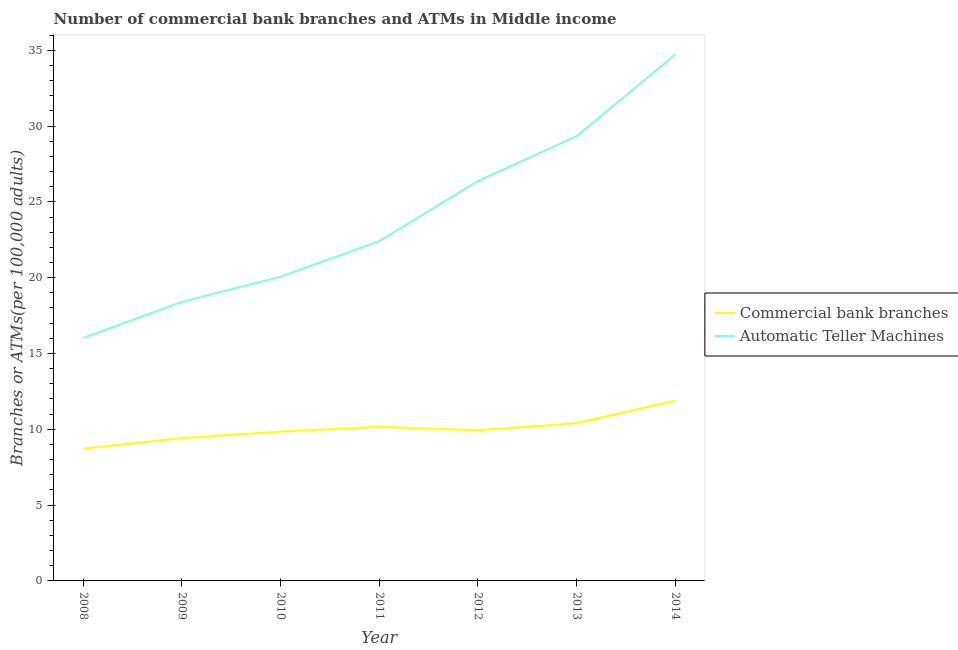
| Year | Commercial bank branches | Automatic Teller Machines |
 | --- | --- | --- |
 | 2008 | 8.72 | 16 |
 | 2009 | 9.42 | 18.4 |
 | 2010 | 9.85 | 20.1 |
 | 2011 | 10.2 | 22.4 |
 | 2012 | 9.94 | 26.4 |
 | 2013 | 10.4 | 29.3 |
 | 2014 | 11.9 | 34.7 |